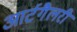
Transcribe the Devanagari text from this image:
आर्टगैलरी